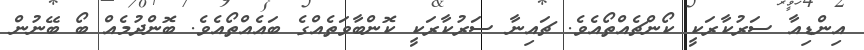
އިންޑިއާ ސަރުކާރަކީ ކޯންޗެއްތޯއެވެ. ޗައިނާ ސަރުކާރަކީ ކޮންބާވަތެއްގެ ބައެއްތޯއެވެ. ބޮންދުމެއް ބޯ ބޭނުން